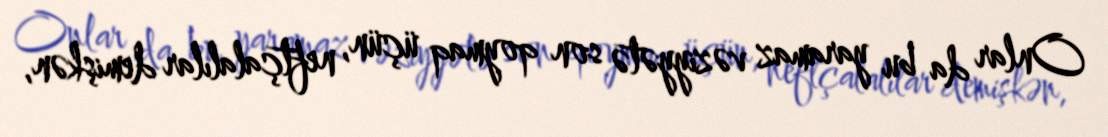
Onlar da bu yaramaz vəziyyətə son qoymaq üçün, neftçalalılar demişkən,